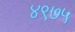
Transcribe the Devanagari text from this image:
४९७५